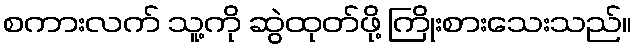
စကားလက် သူ့ကို ဆွဲထုတ်ဖို့ ကြိုးစားသေးသည်။